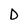
Character: D